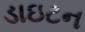
ડાઇટન